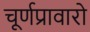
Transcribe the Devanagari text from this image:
चूर्णप्रावारो